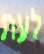
לעת